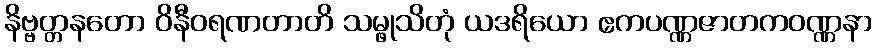
နိဗ္ဗတ္တနတော ဝိနီဝရဏတာတိ သမ္ဖုသိတုံ ယဒရိယော ဧကပဏ္ဏဇာတကဝဏ္ဏနာ